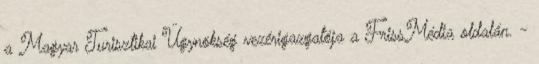
a Magyar Turisztikai Ügynökség vezérigazgatója a FrissMédia oldalán. -